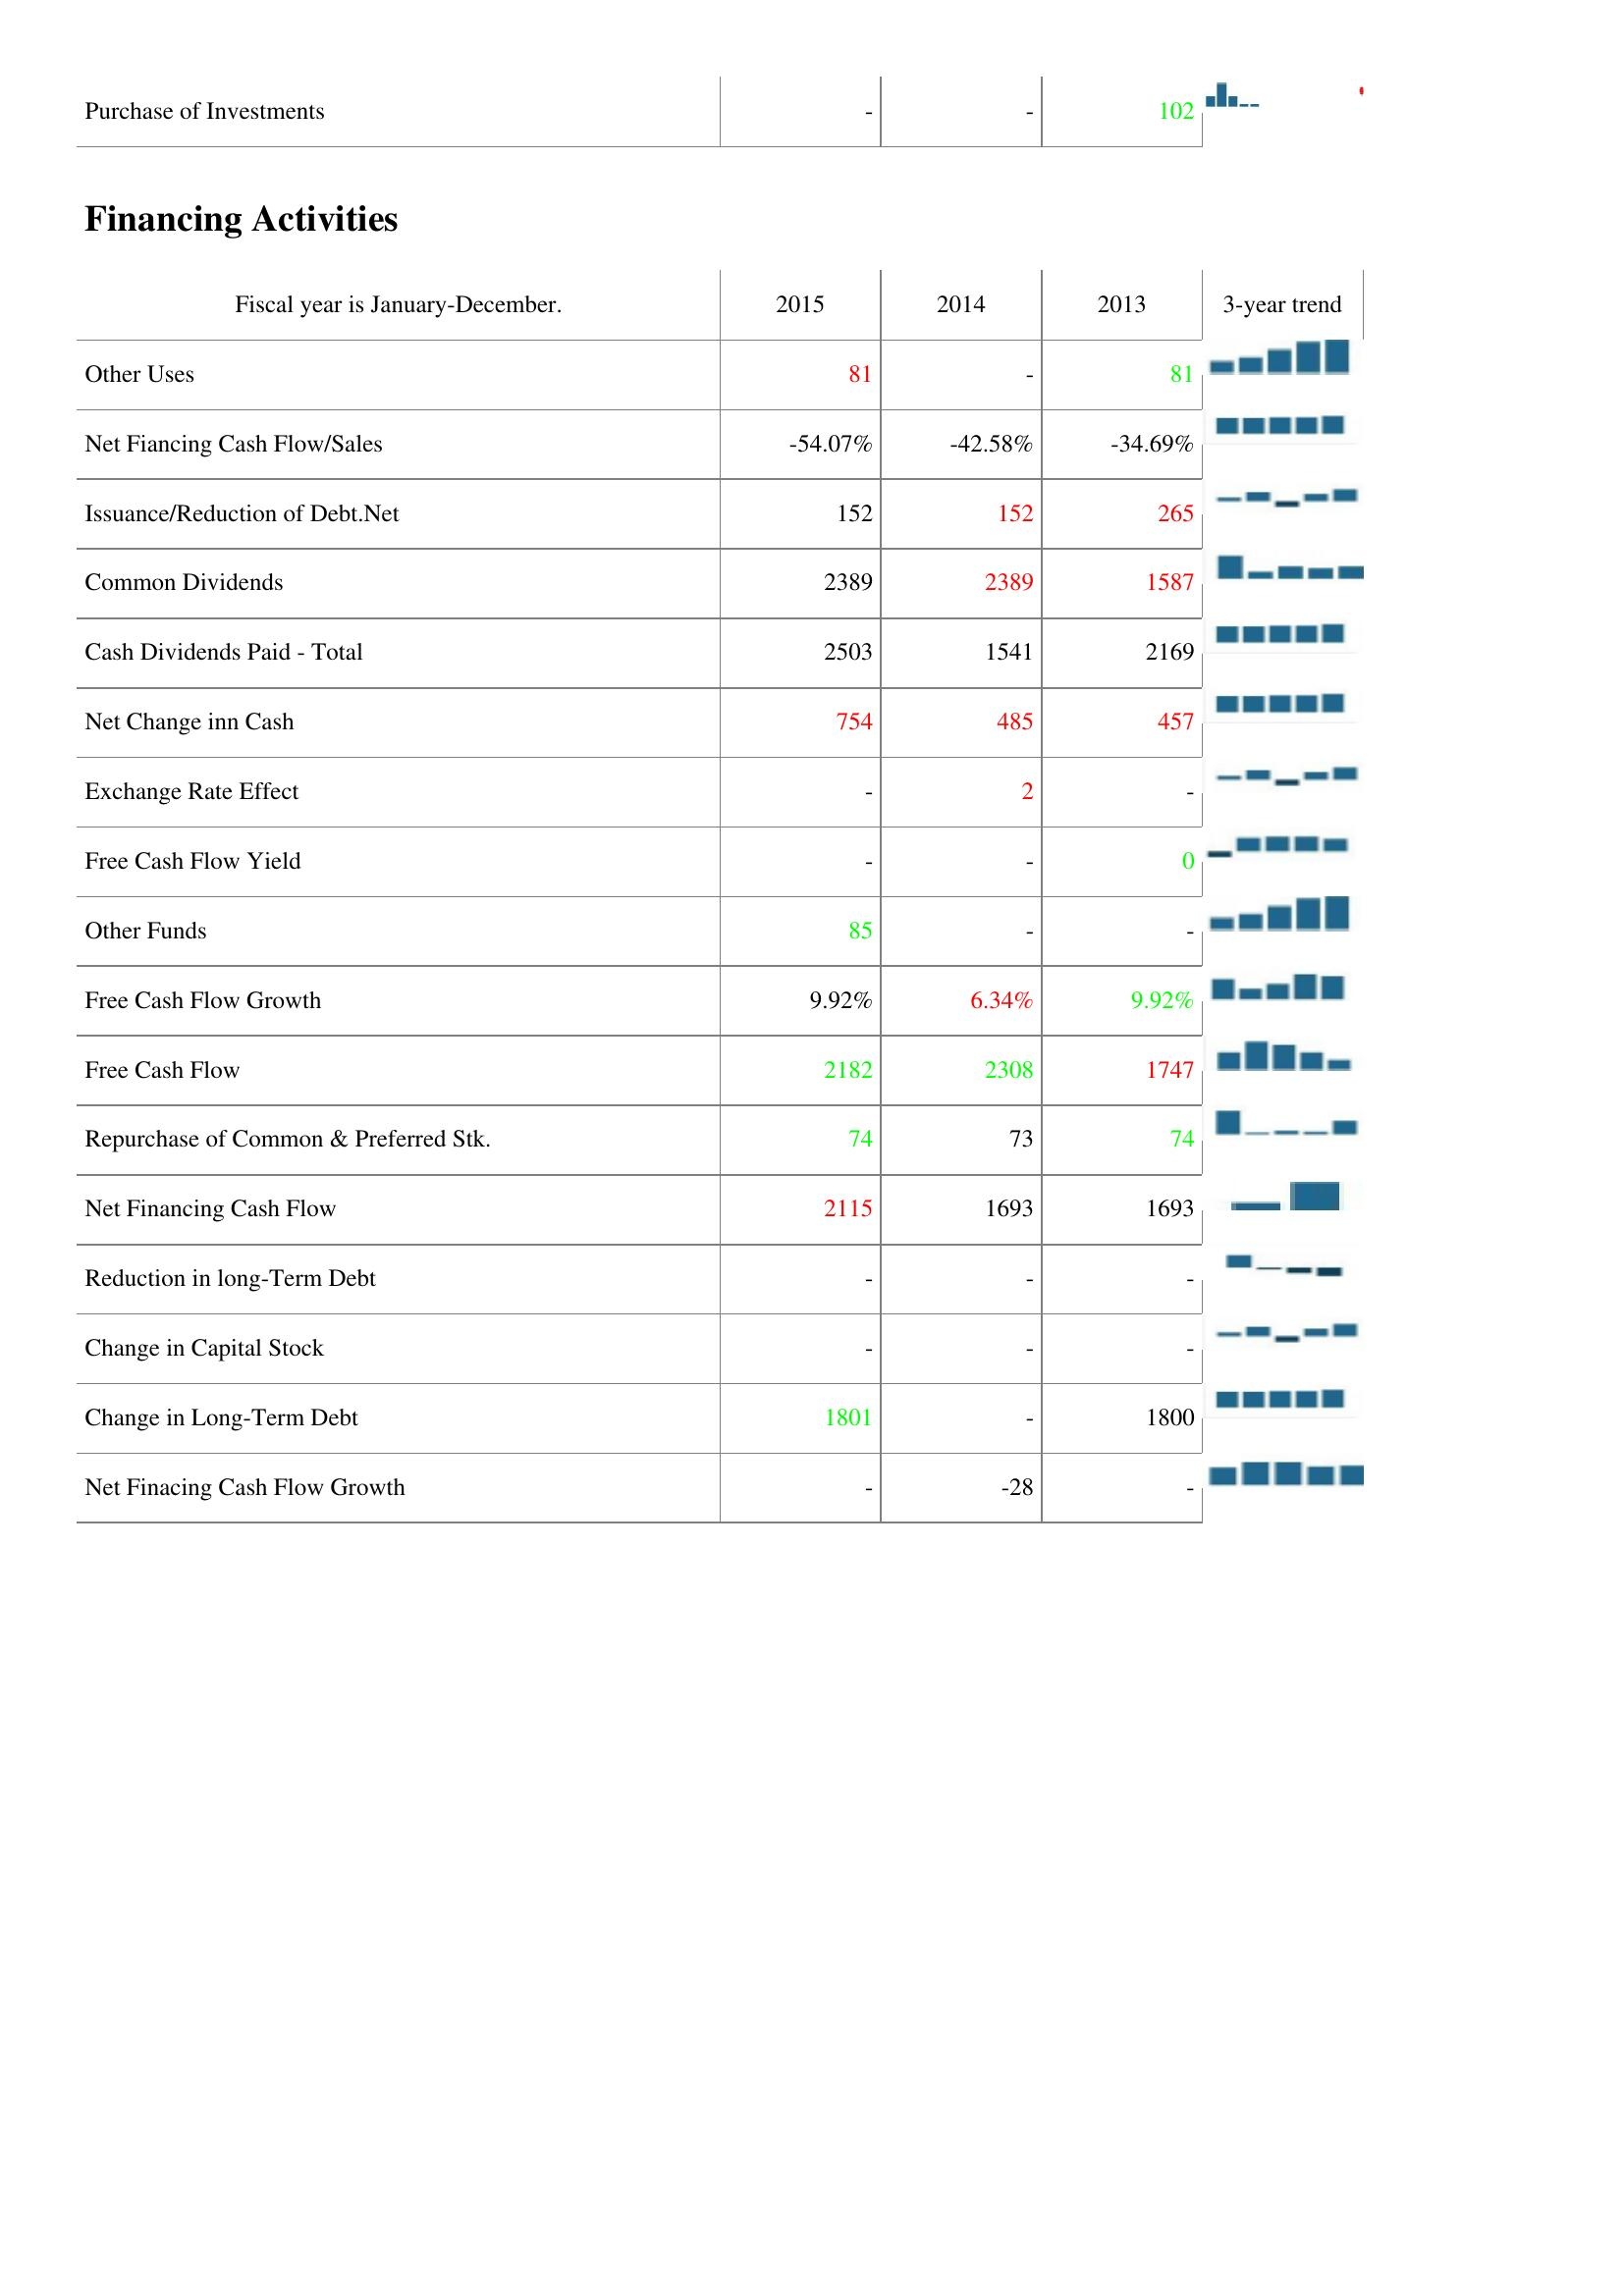
2015: Investing Activities: Purchase of Investments: -
Financing Activities: Other Uses: 81
Net Fiancing Cash Flow/Sales: -54.07%
Issuance/Reduction of Debt.Net: 152
Common Dividends: 2389
Cash Dividends Paid - Total: 2503
Net Change inn Cash: 754
Exchange Rate Effect: -
Free Cash Flow Yield: -
Other Funds: 85
Free Cash Flow Growth: 9.92%
Free Cash Flow: 2182
Repurchase of Common & Preferred Stk.: 74
Net Financing Cash Flow: 2115
Reduction in long-Term Debt: -
Change in Capital Stock: -
Change in Long-Term Debt: 1801
Net Finacing Cash Flow Growth: -
2014: Investing Activities: Purchase of Investments: -
Financing Activities: Other Uses: -
Net Fiancing Cash Flow/Sales: -42.58%
Issuance/Reduction of Debt.Net: 152
Common Dividends: 2389
Cash Dividends Paid - Total: 1541
Net Change inn Cash: 485
Exchange Rate Effect: 2
Free Cash Flow Yield: -
Other Funds: -
Free Cash Flow Growth: 6.34%
Free Cash Flow: 2308
Repurchase of Common & Preferred Stk.: 73
Net Financing Cash Flow: 1693
Reduction in long-Term Debt: -
Change in Capital Stock: -
Change in Long-Term Debt: -
Net Finacing Cash Flow Growth: -28
2013: Investing Activities: Purchase of Investments: 102
Financing Activities: Other Uses: 81
Net Fiancing Cash Flow/Sales: -34.69%
Issuance/Reduction of Debt.Net: 265
Common Dividends: 1587
Cash Dividends Paid - Total: 2169
Net Change inn Cash: 457
Exchange Rate Effect: -
Free Cash Flow Yield: 0
Other Funds: -
Free Cash Flow Growth: 9.92%
Free Cash Flow: 1747
Repurchase of Common & Preferred Stk.: 74
Net Financing Cash Flow: 1693
Reduction in long-Term Debt: -
Change in Capital Stock: -
Change in Long-Term Debt: 1800
Net Finacing Cash Flow Growth: -